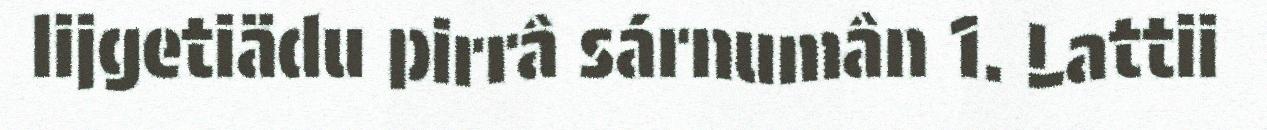
lijgetiädu pirrâ sárnumân 1. Lattii